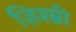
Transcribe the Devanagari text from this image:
ज़िश्म्नी